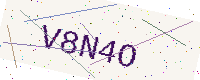
Text: V8N4O